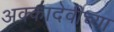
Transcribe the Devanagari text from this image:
अक्कादेवीच्या